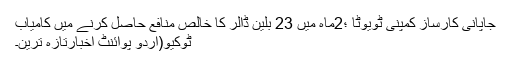
جاپانی کارساز کمپنی ٹویوٹا ؛2ماہ میں 23 بلین ڈالر کا خالص منافع حاصل کرنے میں کامیاب
ٹوکیو(اُردو پوائنٹ اخبارتازہ ترین۔